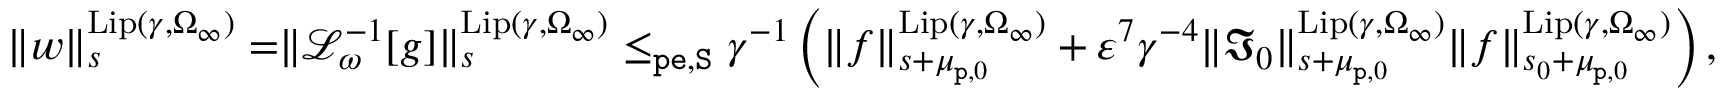
\begin{array} { r } { \rVert w \rVert _ { s } ^ { \mathrm { L i p } ( \gamma , \Omega _ { \infty } ) } = \rVert \mathcal { L } _ { \omega } ^ { - 1 } [ g ] \rVert _ { s } ^ { \mathrm { L i p } ( \gamma , \Omega _ { \infty } ) } \le _ { \mathtt { p e } , \mathtt { S } } \gamma ^ { - 1 } \left( \rVert f \rVert _ { s + \mu _ { \mathtt { p } , 0 } } ^ { \mathrm { L i p } ( \gamma , \Omega _ { \infty } ) } + \varepsilon ^ { 7 } \gamma ^ { - 4 } \rVert \mathfrak { I } _ { 0 } \rVert _ { s + \mu _ { \mathtt { p } , 0 } } ^ { \mathrm { L i p } ( \gamma , \Omega _ { \infty } ) } \rVert f \rVert _ { s _ { 0 } + \mu _ { \mathtt { p } , 0 } } ^ { \mathrm { L i p } ( \gamma , \Omega _ { \infty } ) } \right) , } \end{array}